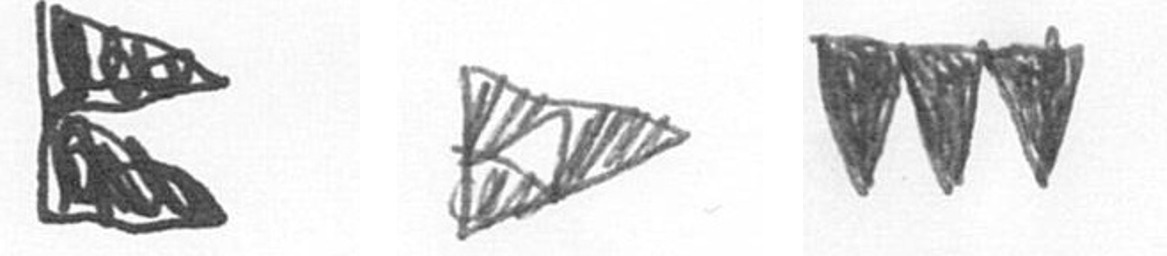
P K L